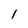
Character: 1